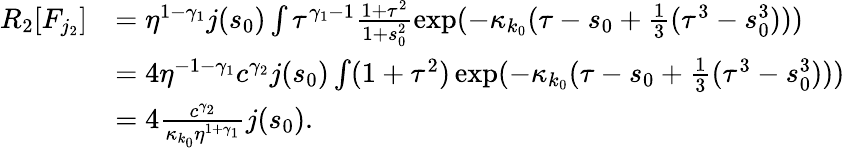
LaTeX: \begin{array}{rl}{R_{2}[F_{j_{2}}]}&{=\eta^{1-\gamma_{1}}j(s_{0})\int\tau^{\gamma_{1}-1}\frac{1+\tau^{2}}{1+s_{0}^{2}}\exp(-\kappa_{k_{0}}(\tau-s_{0}+\frac 13(\tau^{3}-s_{0}^{3})))}\\ &{=4\eta^{-1-\gamma_{1}}c^{\gamma_{2}}j(s_{0})\int(1+\tau^{2})\exp(-\kappa_{k_{0}}(\tau-s_{0}+\frac 13(\tau^{3}-s_{0}^{3})))}\\ &{=4\frac{c^{\gamma_{2}}}{\kappa_{k_{0}}\eta^{1+\gamma_{1}}}j(s_{0}).}\end{array}